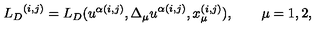
{ { L } _ { D } } ^ { ( i , j ) } = { L } _ { D } ( u ^ { \alpha ( i , j ) } , { \Delta _ { \mu } u } ^ { \alpha ( i , j ) } , x _ { \mu } ^ { ( i , j ) } ) , \qquad \mu = 1 , 2 ,